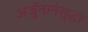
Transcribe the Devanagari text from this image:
अर्जुनानेसुद्धा